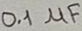
Text: 0.1µF